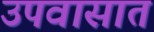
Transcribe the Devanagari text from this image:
उपवासात